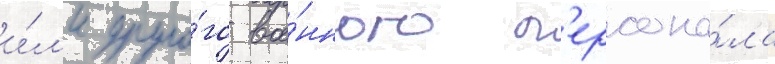
и́л'и друго́го вое́нного п'ерсона́ла